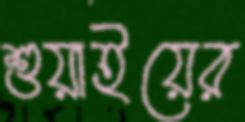
শুয়াইয়ের